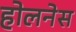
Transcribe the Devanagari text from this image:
होलनेस